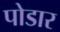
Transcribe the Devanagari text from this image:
पोडार